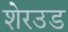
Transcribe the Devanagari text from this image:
शेरउड